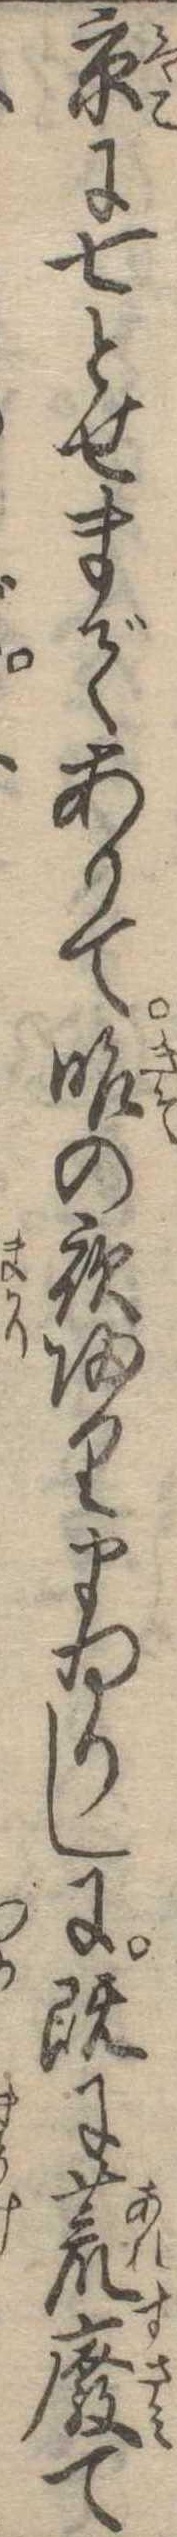
京に七とせまでありて昨の夜帰りまゐりしに既に荒廃て